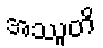
အဿူတိ